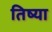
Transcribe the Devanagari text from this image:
तिष्या